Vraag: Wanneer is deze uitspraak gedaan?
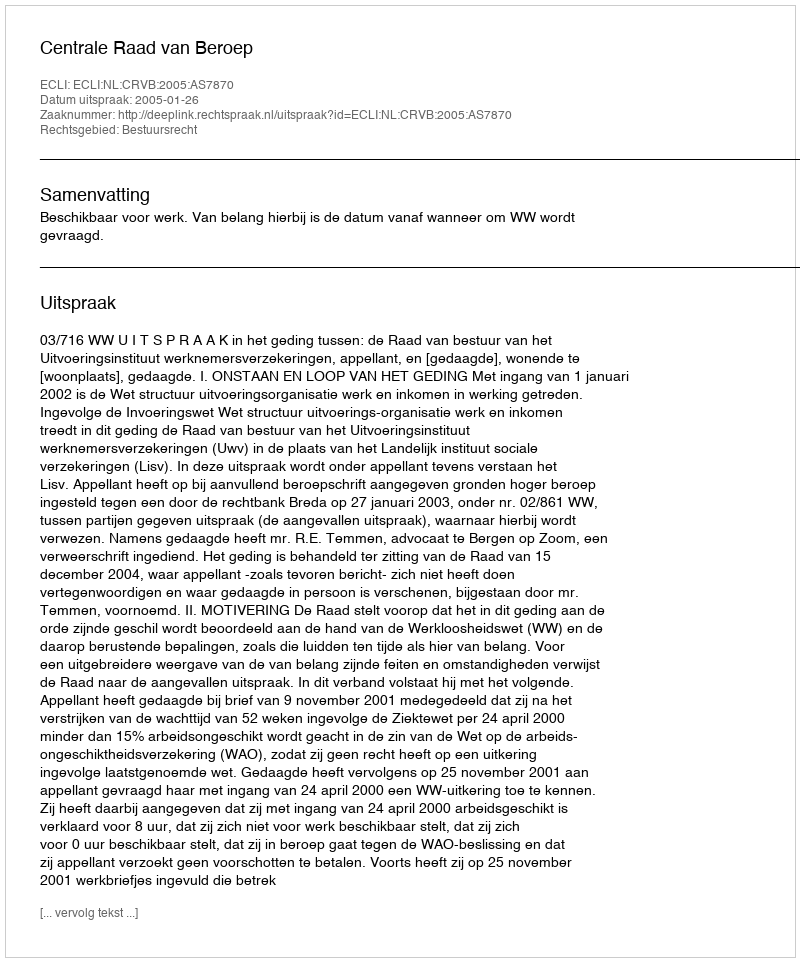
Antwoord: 2005-01-26